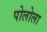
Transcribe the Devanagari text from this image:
पोलोला